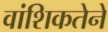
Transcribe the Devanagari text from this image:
वांशिकतेने